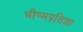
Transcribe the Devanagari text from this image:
भीष्मप्रतिज्ञा